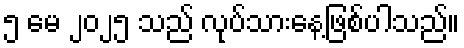
၅ မေ ၂၀၂၅ သည် လုပ်သားနေ့ဖြစ်ပါသည်။